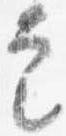
定